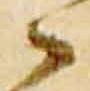
々